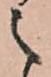
之